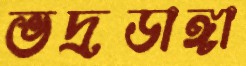
ভদ্রডাঙ্গা